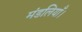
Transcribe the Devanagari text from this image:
मंडलियाँ।